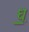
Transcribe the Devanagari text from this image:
ध़॒